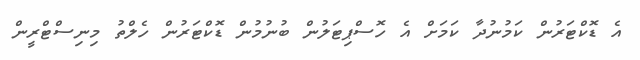
އެ ޑޮކްޓަރުން ކަމުނުދާ ކަމަށް އެ ހޮސްޕިޓަލުން ބުނުމުން ޑޮކްޓަރުން ހެލްތު މިނިސްޓްރީން